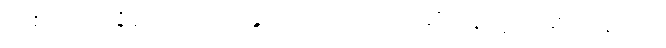
တစ်လမ်းပဲရှိတော့တယ်၊ ခွဲစိတ်ကုဖို့ပဲ၊ ပိတ်ဆို့ နေတဲ့ အောက်နားက